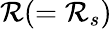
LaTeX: {\cal R}(={\cal R}_{s})